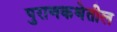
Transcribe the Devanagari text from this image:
पुराणकथेतील